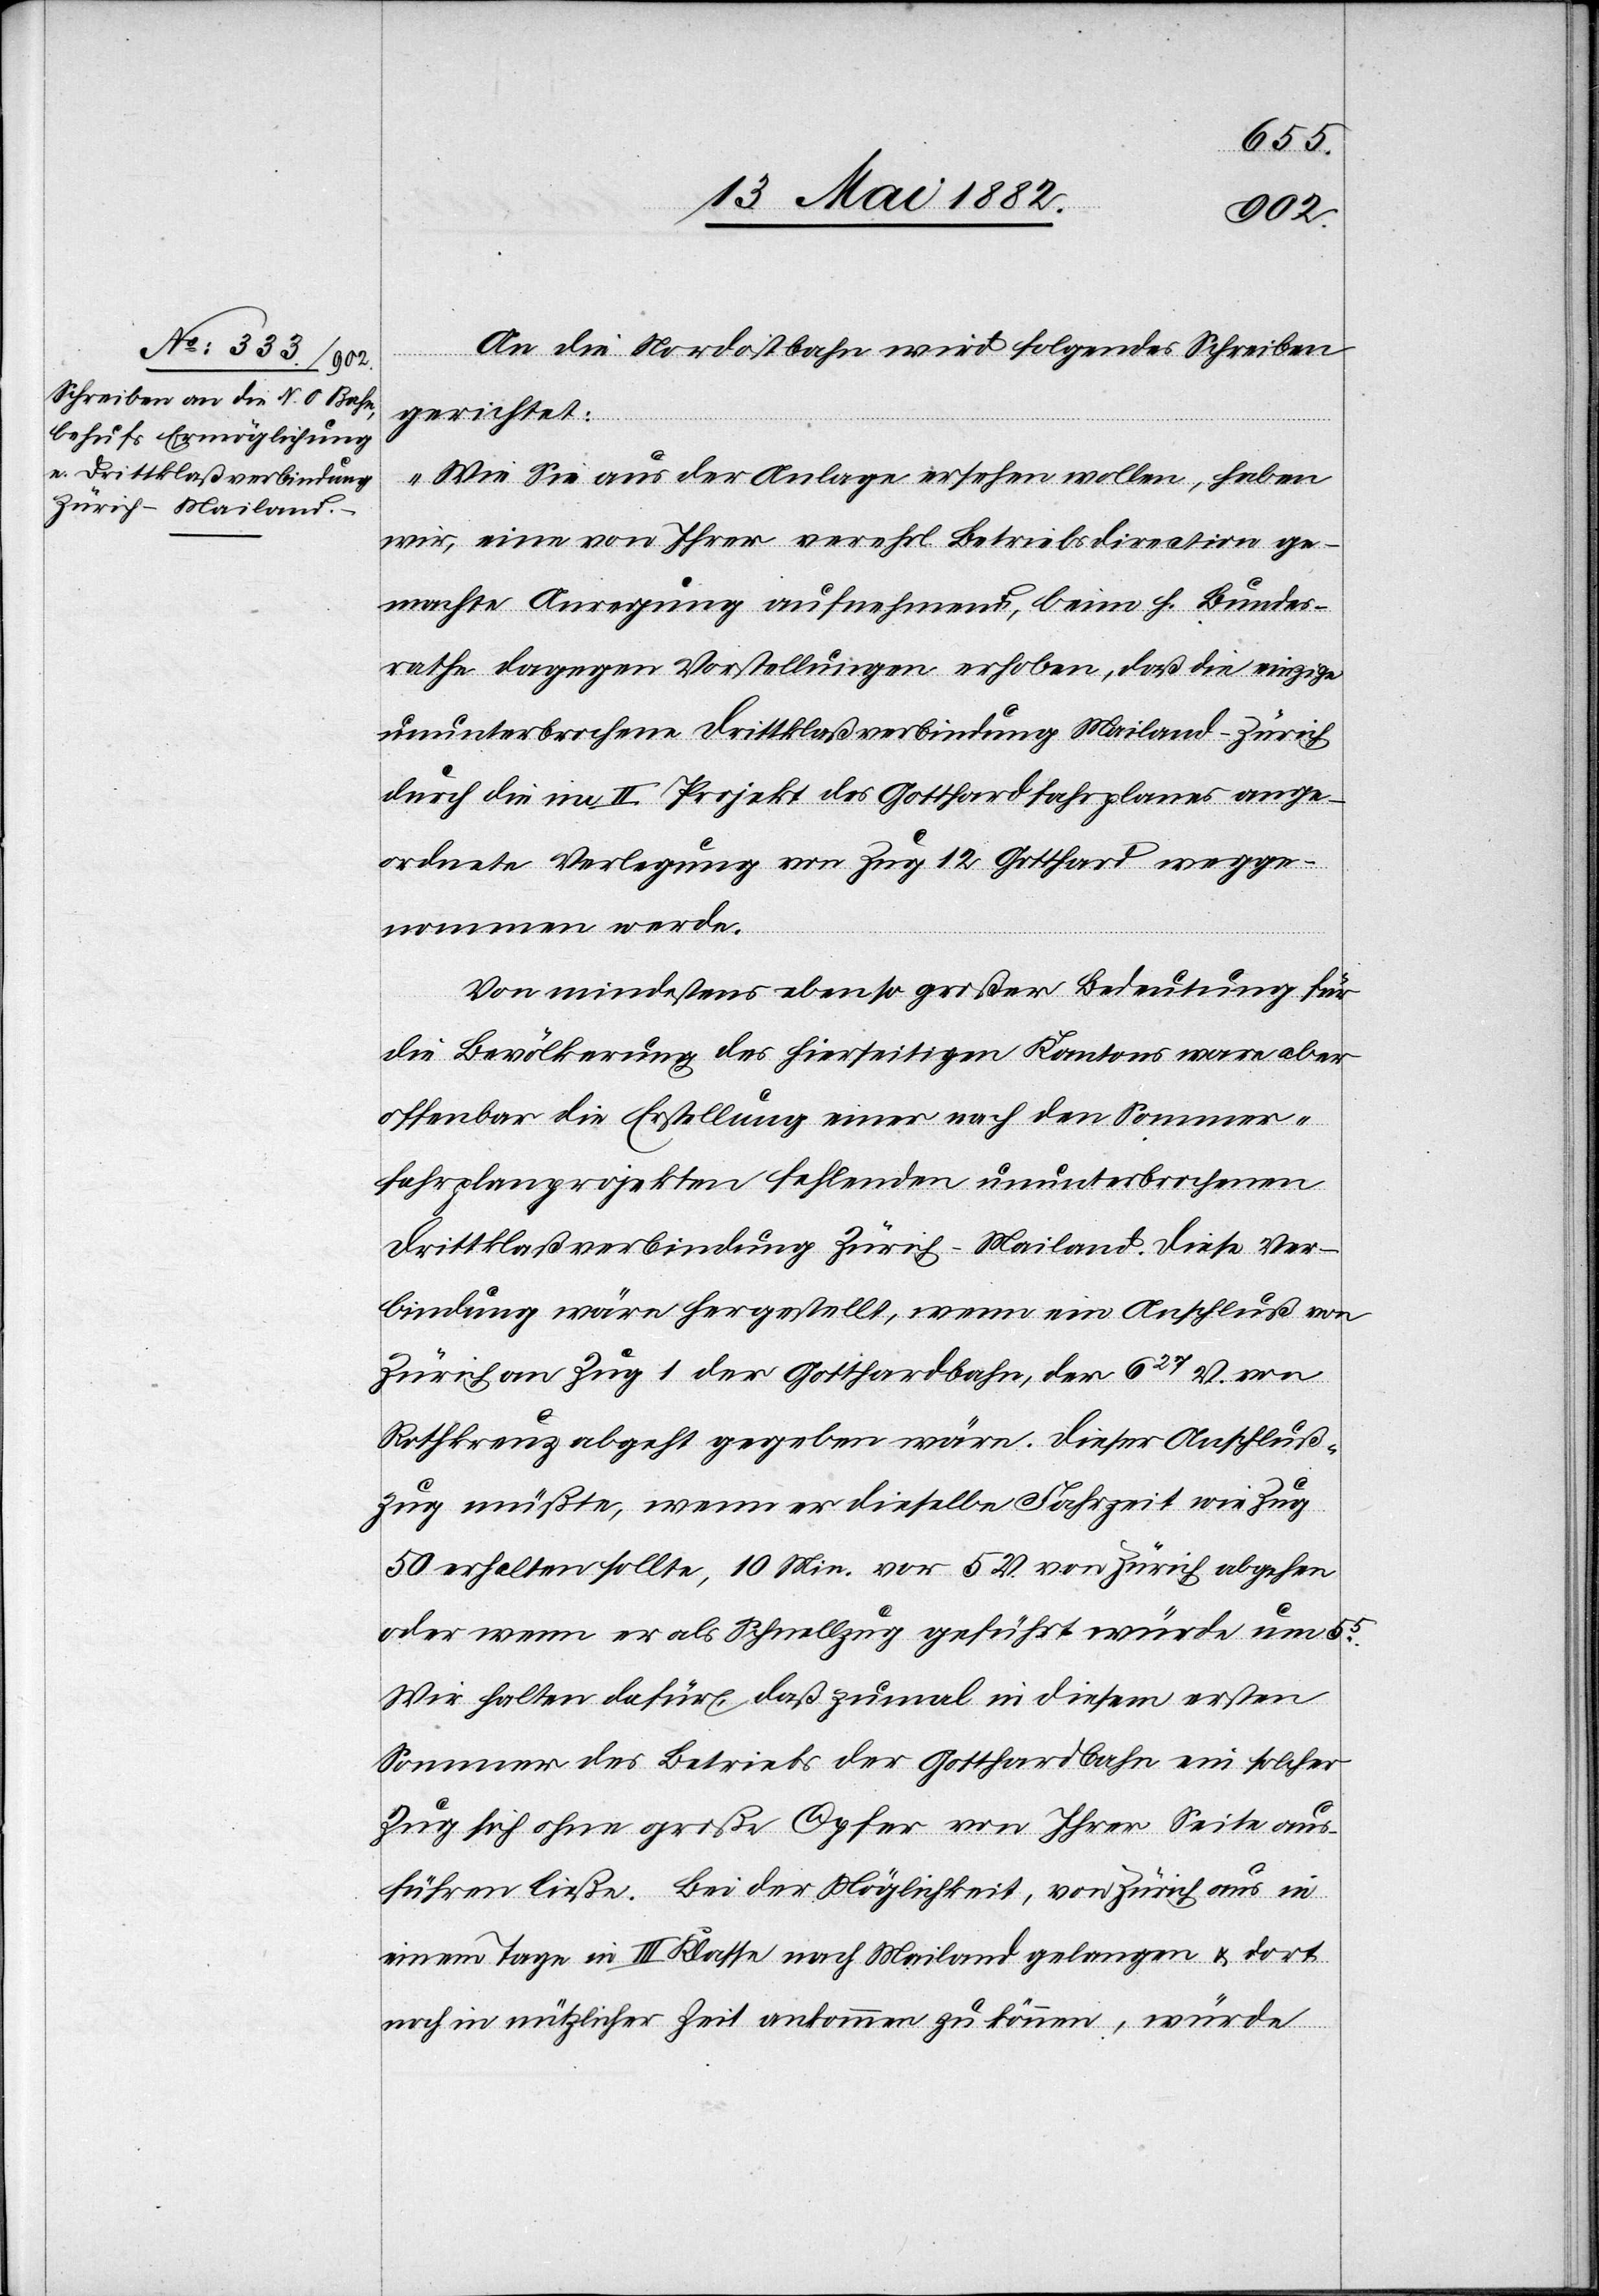
55.
13. Mai 1882.]
An die Nordostbahn wird folgendes Schreiben
gerichtet:
„Wie Sie aus der Anlage ersehen wollen, haben
wir, eine von Ihrer verehrl. Betriebsdirection ge¬
machte Anregung aufnehmend, beim h. Bundes¬
rathe dagegen Vorstellungen erhoben, daß die einzige
ununterbrochene Drittklaßverbindung Mailand–Zürich
durch die im II. Projekt des Gotthardfahrplanes ange¬
ordnete Verlegung von Zug 12 Gotthard wegge¬
nommen werde.
Von mindestens ebenso großer Bedeutung für
die Bevölkerung des hierseitigen Kantons wäre aber
offenbar die Erstellung einer nach den Sommer¬
fahrplanprojekten fehlenden ununterbrochenen
Drittklaßverbindung Zürich–Mailand. Diese Ver¬
bindung wäre hergestellt, wenn ein Anschluß von
Zürich an Zug 1 der Gotthardbahn, der 627 U. von
Rothkreuz abgeht gegeben wäre. Dieser Anschluß¬
zug müßte, wenn er dieselbe Fahrzeit wie Zug
50 erhalten sollte, 10 Min. vor 5 U. von Zürich abgehen
oder wenn er als Schnellzug geführt würde um
Wir halten dafür, daß zumal in diesem ersten
Sommer des Betriebs der Gotthardbahn ein solcher
Zug sich ohne große Opfer von Ihrer Seite aus¬
führen ließe. Bei der Möglichkeit, von Zürich aus in
einem Tage in III. Klasse nach Mailand gelangen & dort
noch in nützlicher Zeit ankommen zu können, würde